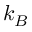
k _ { B }